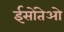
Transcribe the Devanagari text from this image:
ईसोंतेओ